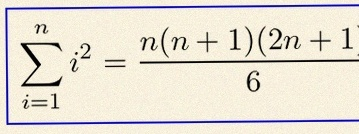
\sum_{i=1}^{n}i^2=\frac{n(n+1)(2n+1)}6